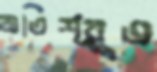
অতিশ্রুত